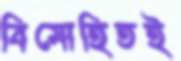
বিমোহিতই